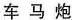
车马炮